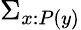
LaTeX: \Sigma_{x:P(y)}